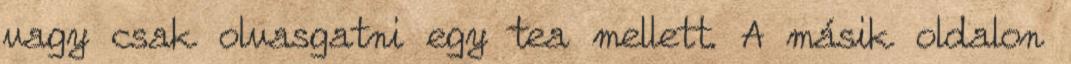
vagy csak olvasgatni egy tea mellett. A másik oldalon